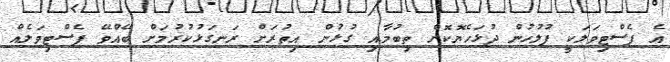
އެ ފެސްޓިވަލަކީ ފުލުހުން ދުޅަހެޔޮކޮށް ތިބުމާއި ގުޅުން އިތުރަށް ރަނގަޅުކުރުމަށް ބޭއްވޭ ފެސްޓިވަލެއް